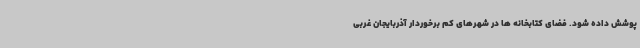
پوشش داده شود. فضای کتابخانه ها در شهرهای کم برخوردار آذربایجان غربی